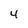
Character: 4